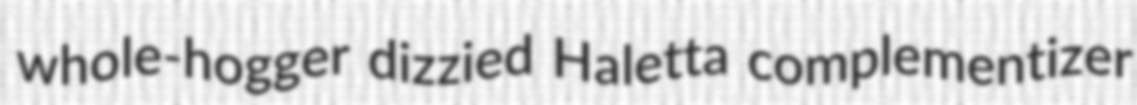
whole-hogger dizzied Haletta complementizer